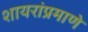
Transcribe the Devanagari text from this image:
शायरांप्रमाणे